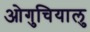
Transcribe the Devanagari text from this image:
ओगुचियालु